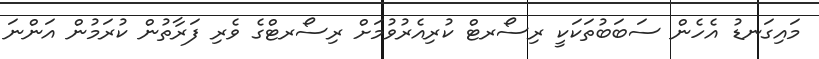
މައިގަނޑު އެހެން ސަބަބުތަކަކީ ރިސޯރޓް ކުރިއެރުވުމަށް ރިސޯރޓްގެ ވެރި ފަރާތުން ކުރަމުން އަންނަ